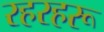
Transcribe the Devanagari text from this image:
रहरहरू